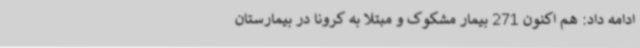
ادامه داد: هم اکنون 271 بیمار مشکوک و مبتلا به کرونا در بیمارستان